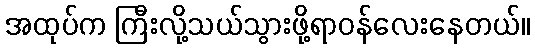
အထုပ်က ကြီးလို့သယ်သွားဖို့ရာဝန်လေးနေတယ်။